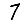
Digit: 7